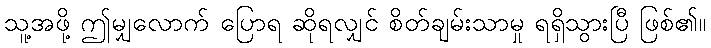
သူ့အဖို့ ဤမျှလောက် ပြောရ ဆိုရလျှင် စိတ်ချမ်းသာမှု ရရှိသွားပြီ ဖြစ်၏။